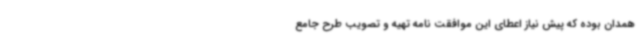
همدان بوده که پیش نیاز اعطای این موافقت نامه تهیه و تصویب طرح جامع